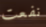
نفعت